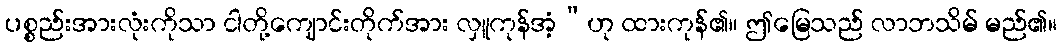
ပစ္စည်းအားလုံးကိုသာ ငါတို့ကျောင်းတိုက်အား လှူကုန်အံ့”ဟု ထားကုန်၏။ ဤမြေသည် လာဘသိမ် မည်၏။